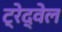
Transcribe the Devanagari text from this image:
ट्रेद्वेल